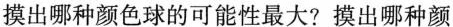
摸出哪种颜色球的可能性最大?摸出哪种颜